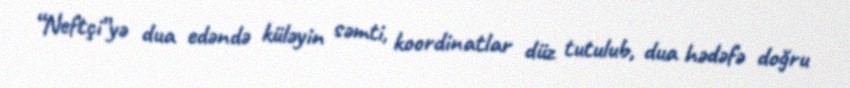
“Neftçi”yə dua edəndə küləyin səmti, koordinatlar düz tutulub, dua hədəfə doğru